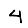
Digit: 4